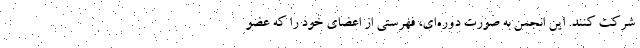
شرکت کنند. این انجمن به‌ صورت دوره‌ای، فهرستی از اعضای خود را که عضو